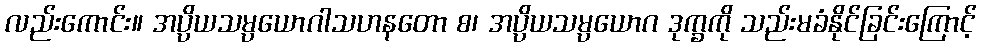
လည်းကောင်း။ အပ္ပိယသမ္ပယောဂါသဟနတော စ၊ အပ္ပိယသမ္ပယောဂ ဒုက္ခကို သည်းမခံနိုင်ခြင်းကြောင့်